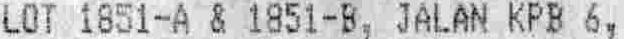
LOT 1851-A & 1851-B, JALAN KPB 6,